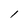
Character: l